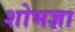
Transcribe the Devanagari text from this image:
शोभज्ञा